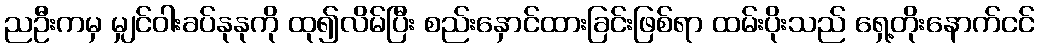
ညဦးကမှ မျှင်ဝါးခပ်နုနုကို ထု၍လိမ်ပြီး စည်းနှောင်ထားခြင်းဖြစ်ရာ ထမ်းပိုးသည် ရှေ့တိုးနောက်ငင်